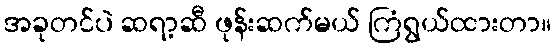
အခုတင်ပဲ ဆရာ့ဆီ ဖုန်းဆက်မယ် ကြံရွယ်ထားတာ။